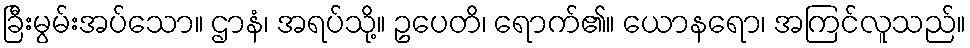
ခြီးမွမ်းအပ်သော။ ဌာနံ၊ အရပ်သို့။ ဥပေတိ၊ ရောက်၏။ ယောနရော၊ အကြင်လူသည်။